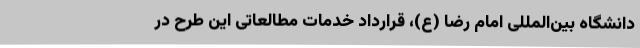
دانشگاه بین‌المللی امام رضا (ع)، قرارداد خدمات مطالعاتی این طرح در